Vital statistics of India. Vol. V, Reports of 1876 on armies & jails and on epidemic cholera
Year: 1876
Disease focus: Cholera
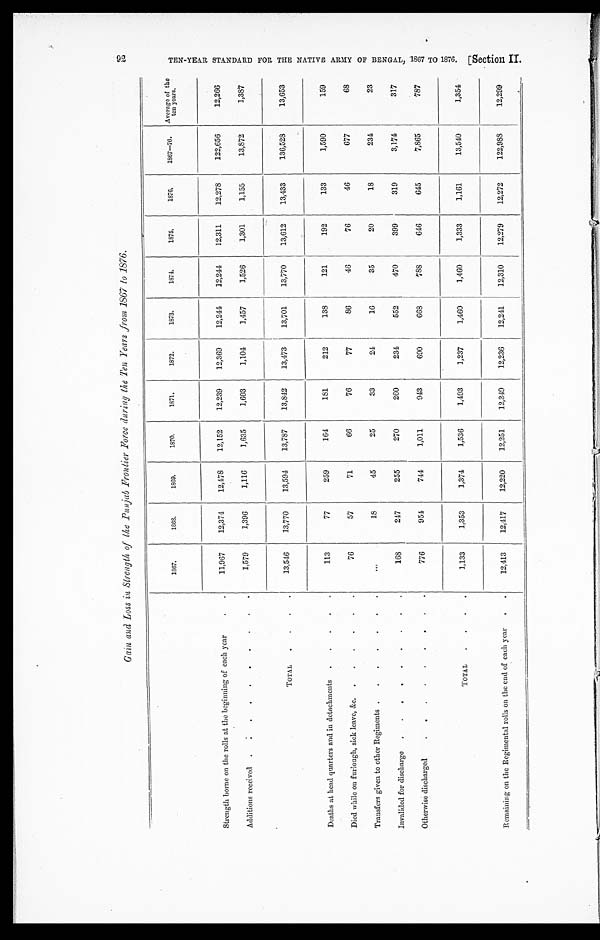
Gain and Loss in Strength of the Punjab Frontier Force during the Ten Years from 1867 to 1876.
Strength borne on the rolls at the beginning of each year . . .
1867.
1868.
1869.
1870.
1871.
1872.
1873.
1874.
1875.
1876.
1867—76.
Average of the
ten years.
11,967
12,374
12,478
12,152
12,239
12,369
12,244
12,244
12,311
12,278
122,656
12,266
Additions received . . .
1,579
1,396
1,116
1,635
1,603
1,104
1,457
1,526
1,301
1,155
13,872
1,387
TOTAL . . .
13,546
13,770
13,594
13,787
13,842
13,473
13,701
13,770
13,612
13,433
136,528
13,653
Deaths at head quarters and in detachments . . .
113
77
259
164
181
212
138
121
192
133
1,590
159
Died while on furlough, sick leave, &c. . . .
76
57
71
66
76
77
86
46
76
46
677
68
Transfers given to other Regiments . . .
. . .
18
45
25
33
24
16
35
20
18
234
23
Invalided for discharge . . .
168
247
255
270
260
234
552
470
399
319
3,174
317
Otherwise discharged . . .
776
954
744
1,011
943
690
668
788
646
645
7,865
787
TOTAL . . .
1,133
1,353
1,374
1,536
1,493
1,237
1,460
1,460
1,333
1,161
13,540
1,354
Remaining on the Regimental rolls on the end of each year . . .
12,413
12,417
12,220
12,251
12,349
12,236
12,241
12,310
12,279
12,272
122,988
12,299
9 2 T E N - Y E A R S T A N D A R D F O R T H E N A T I V E A R M Y O F B E N G A L , 1 8 6 7 T O 1 8 7 6 . [ S e c t i o n I I .